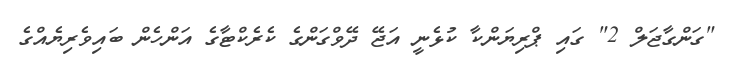
"ގަންގާޖަލް 2" ގައި ޕްރިޔަންކާ ކުޅެނީ އަޖޭ ދޭވްގަންގެ ކެރެކްޓާގެ އަންހެން ބައިވެރިޔެއްގެ